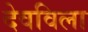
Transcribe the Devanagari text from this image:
देवविला